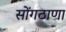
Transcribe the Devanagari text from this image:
सोंगठाणा